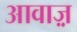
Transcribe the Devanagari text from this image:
आवाज़़